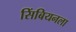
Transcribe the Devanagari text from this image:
सिंबियनला